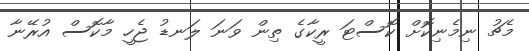
މެޗު ނިމެނިކޮށް ކޮސްޓަ ރީކާގެ ތިން ވަނަ ލަނޑު ޖެހީ މާކޮސް އުރޭނާ